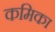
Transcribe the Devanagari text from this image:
कमिका